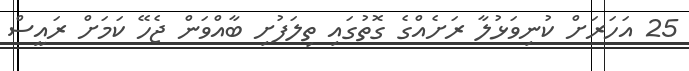
25 އަހަރަށް ކުނިވަޅުލާ ރަށެއްގެ ގޮތުގައި ތިލަފުށި ބާއްވަން ޖެހޭ ކަމަށް ރައީސް